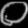
Digit: ၀